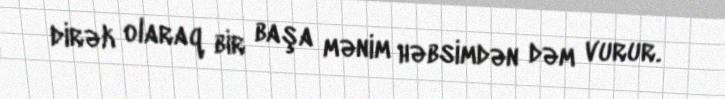
dirək olaraq bir başa mənim həbsimdən dəm vurur.